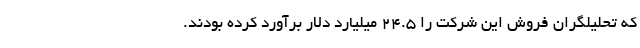
که تحلیلگران فروش این شرکت را ۲۴.۵ میلیارد دلار برآورد کرده بودند.